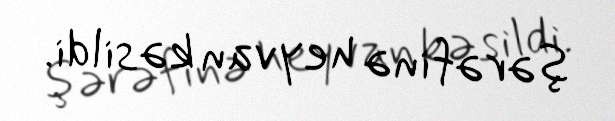
şərəfinə heyvan kəsildi.